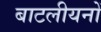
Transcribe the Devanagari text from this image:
बाटलीयनों